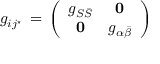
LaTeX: g _ { i j ^ { \star } } \, = \, \left( \begin{array} { c c } { { g _ { S \bar { S } } } } & { { { \bf 0 } } } \\ { { { \bf 0 } } } & { { g _ { \alpha \bar { \beta } } } } \end{array} \right)